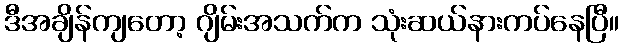
ဒီအချိန်ကျတော့ ဂျိမ်းအသက်က သုံးဆယ်နားကပ်နေပြီ။